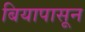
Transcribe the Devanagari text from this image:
बियापासून